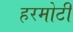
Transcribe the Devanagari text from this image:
हरमोटी